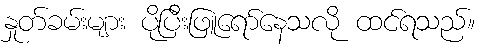
နှုတ်ခမ်းများ ပိုပြီးဖြူရော်နေသလို ထင်ရသည်။